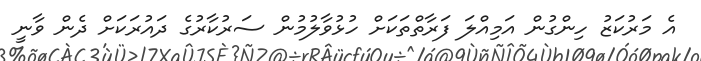
އެ މަރުކަޒު ހިންގުން އަމިއްލަ ފަރާތްތަކަށް ހުޅުވާލުމުން ސަރުކާރުގެ ދައުރަކަށް ދެން ވާނީ